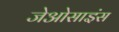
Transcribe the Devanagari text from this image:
जेओसाइंस